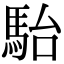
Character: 駘